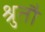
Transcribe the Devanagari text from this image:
श्रुतौ